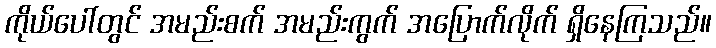
ကိုယ်ပေါ်တွင် အမည်းစက် အမည်းကွက် အပြောက်လိုက် ရှိနေကြသည်။